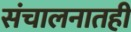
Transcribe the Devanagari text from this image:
संचालनातही